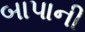
બાપાની